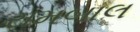
રામબાલ